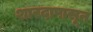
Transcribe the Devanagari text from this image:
शारदापासून